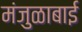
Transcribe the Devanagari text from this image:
मंजुळाबाई